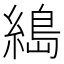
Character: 𦃭